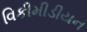
વિકીમીડીયન